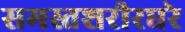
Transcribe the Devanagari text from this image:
समस्तशरीरधरे